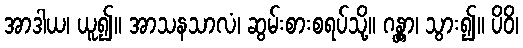
အာဒါယ၊ ယူ၍။ အာသနသာလံ၊ ဆွမ်းစားစရပ်သို့။ ဂန္တွာ၊ သွား၍။ ပိဝိ၊